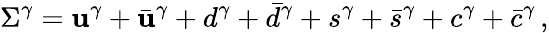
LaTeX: \Sigma^{\gamma}=\mathbf{u}^{\gamma}+\bar{{\mathbf{u}}}^{\gamma}+d^{\gamma}+\bar{{d}}^{\gamma}+s^{\gamma}+\bar{{s}}^{\gamma}+c^{\gamma}+\bar{{c}}^{\gamma}\, ,